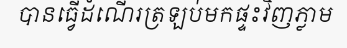
បានធ្វើដំណើរត្រឡប់មកផ្ទះវិញភ្លាម